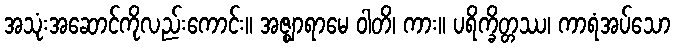
အသုံးအဆောင်ကိုလည်းကောင်း။ အဇ္ဈာရာမေ ဝါတိ၊ ကား။ ပရိက္ခိတ္တဿ၊ ကာရံအပ်သော